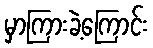
မှာကြားခဲ့ကြောင်း